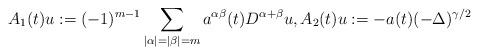
LaTeX: \begin{align*} A_1(t)u:=(-1)^{m-1} \sum_{|\alpha|=|\beta|=m}a^{\alpha\beta}(t)D^{\alpha+\beta}u, A_2(t)u:=-a(t)(-\Delta)^{\gamma/2}\end{align*}